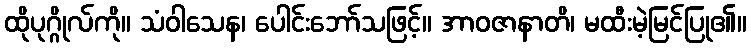
ထိုပုဂ္ဂိုလ်ကို။ သံဝါသေန၊ ပေါင်းဘော်သဖြင့်။ အာဝဇာနာတိ၊ မထီးမဲ့မြင်ပြု၏။